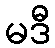
မဒီ